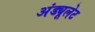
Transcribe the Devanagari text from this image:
अंड्यूलेट